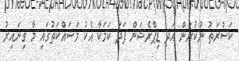
ކަސްރަތު ނުކުރުން އަދި ޑިޕްރެޝަން ފަދަ ކަމަކާ އެކު މަސައްކަތުގައި މާ ގިނައިރު